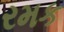
રમક